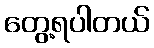
တွေ့ရပါတယ်